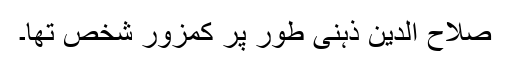
صلاح الدین ذہنی طور پر کمزور شخص تھا۔